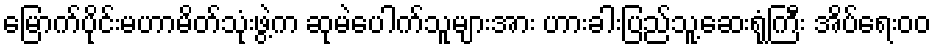
မြောက်ပိုင်းမဟာမိတ်သုံးဖွဲ့က ဆုမဲပေါက်သူများအား ဟားခါးပြည်သူ့ဆေးရုံကြီး အိပ်ရေးဝဝ